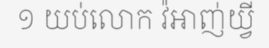
១ យប់លោក វ៉អាញ់យ្វី